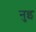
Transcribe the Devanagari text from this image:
नुइ